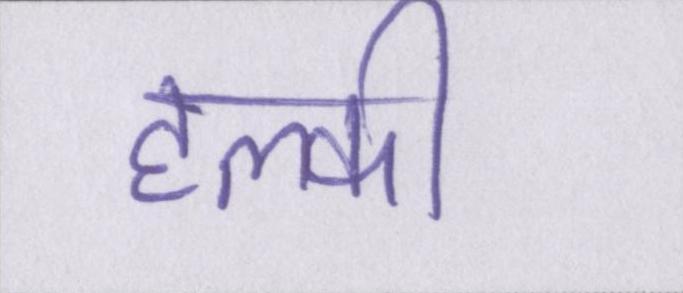
हल्की